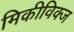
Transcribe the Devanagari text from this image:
मिकीविक्ज